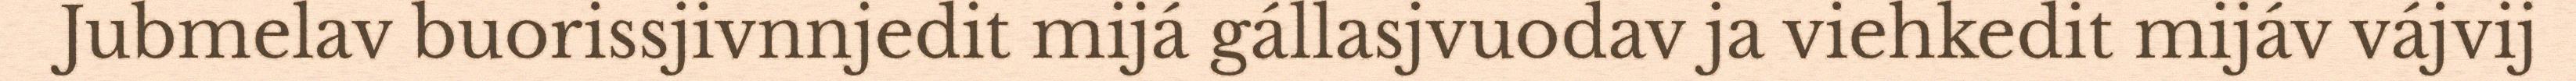
Jubmelav buorissjivnnjedit mijá gállasjvuodav ja viehkedit mijáv vájvij